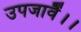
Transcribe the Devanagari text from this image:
उपजावैं।।